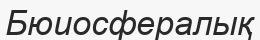
Бюиосфералық